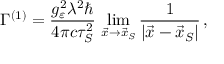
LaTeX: \Gamma ^ { ( 1 ) } = \frac { g _ { \varepsilon } ^ { 2 } \lambda ^ { 2 } \hbar } { 4 \pi c \tau _ { S } ^ { 2 } } \, \operatorname * { l i m } _ { \vec { x } \rightarrow \vec { x } _ { S } } \frac { 1 } { | \vec { x } - \vec { x } _ { S } | } \, ,